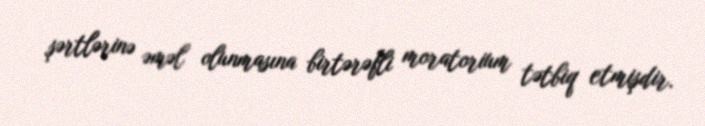
şərtlərinə əməl olunmasına birtərəfli moratorium tətbiq etmişdir.